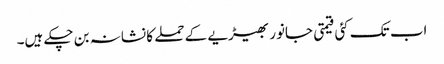
اب تک کئی قیمتی جانور بھیڑیے کے حملے کا نشانہ بن چکے ہیں۔